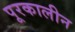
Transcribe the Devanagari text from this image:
पूरकालीन